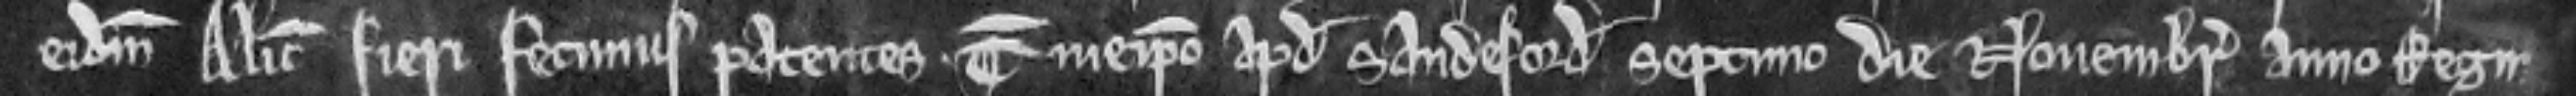
eidem Alicie fieri fecimus patentes. Teste meipso apud Sandeford septimo die Novembris anno Regni